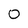
Character: 0